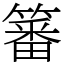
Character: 䉒